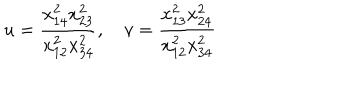
u = \frac { x _ { 1 4 } ^ { 2 } x _ { 2 3 } ^ { 2 } } { x _ { 1 2 } ^ { 2 } x _ { 3 4 } ^ { 2 } } , \quad v = \frac { x _ { 1 3 } ^ { 2 } x _ { 2 4 } ^ { 2 } } { x _ { 1 2 } ^ { 2 } x _ { 3 4 } ^ { 2 } }